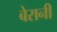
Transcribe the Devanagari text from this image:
बेरानी